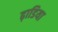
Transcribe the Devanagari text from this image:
ढ़ाडिया